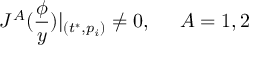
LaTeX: J ^ { A } ( \frac \phi y ) | _ { ( t ^ { * } , p _ { i } ) } \neq 0 , \; \; \; \; \; A = 1 , 2